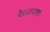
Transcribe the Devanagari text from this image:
केजसह